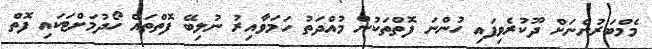
މެމްބަރުންނަށް ދޫކުރެވިފައި ހުންނަ ފޮތްތަކުން މުއްދަތު ހަމަވާއިރު ނުލިބޭ ފޮތްތައް ހޯދުމަށްޓަކައި ފޮތް